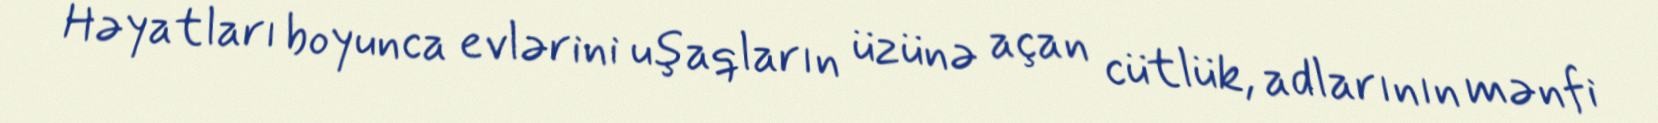
Həyatları boyunca evlərini uşaqların üzünə açan cütlük, adlarının mənfi